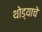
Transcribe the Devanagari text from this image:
थोड्याचे